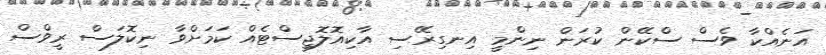
އަނެއްކާ ވެސް ސްކޭން ކުރަން ނިންމީ އިނގިރޭސި އާކިއޮލޮޖިސްޓެއް ކަމަށްވާ ނިކޮލަސް ރީވްސް